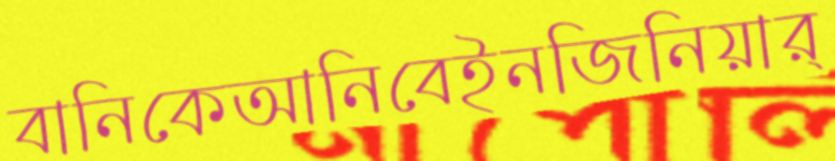
বানিকেআনিবেইনজিনিয়ার্